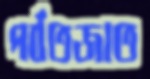
পর্বতজাত